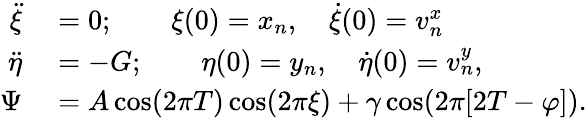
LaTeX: \begin{array}{rl}{\ddot{\xi}}&{{}=0;\qquad\xi(0)=x_{n},\quad\dot{\xi}(0)=v_{n}^{x}}\\ {\ddot{\eta}}&{{}=-G;\qquad\eta(0)=y_{n},\quad\dot{\eta}(0)=v_{n}^{y},}\\ {\Psi}&{{}=A\cos(2\pi T)\cos(2\pi\xi)+\gamma\cos(2\pi[2T-\varphi]).}\end{array}